Scottish Leaving Certificate Examination, 1954
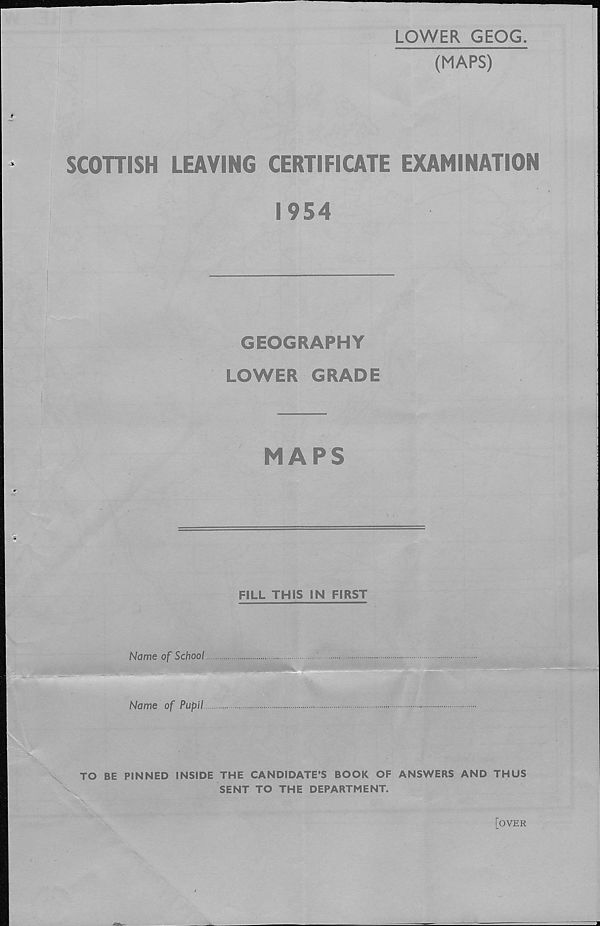
LOWER GEOG.
(MAPS)
SCOHISH LEAVING CERTIFICATE EXAMINATION
1954
GEOGRAPHY
LOWER GRADE
MAPS
FILL THIS IN FIRST
Name of School
Name of Pupil
■
TO BE PINNED INSIDE THE CANDIDATE’S BOOK OF ANSWERS AND THUS
SENT TO THE DEPARTMENT.
[over